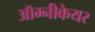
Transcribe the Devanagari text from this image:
ऑम्नीकेयर